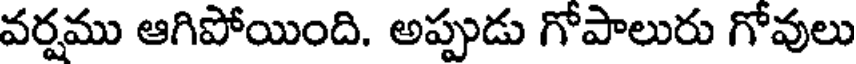
వర్షము ఆగిపోయింది. అప్పుడు గోపాలురు గోవులు